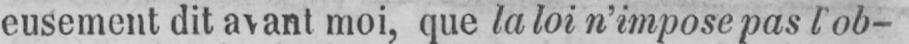
eusement dit avant moi, que la loi n’impose pas l’ob-